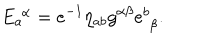
E _ { a } ^ { \, \, \alpha } = e ^ { - 1 } \eta _ { a b } g ^ { \alpha \beta } e _ { \, \, \beta } ^ { b } .